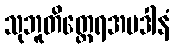
သုဘူတိတ္ထေရအပဒါနံ